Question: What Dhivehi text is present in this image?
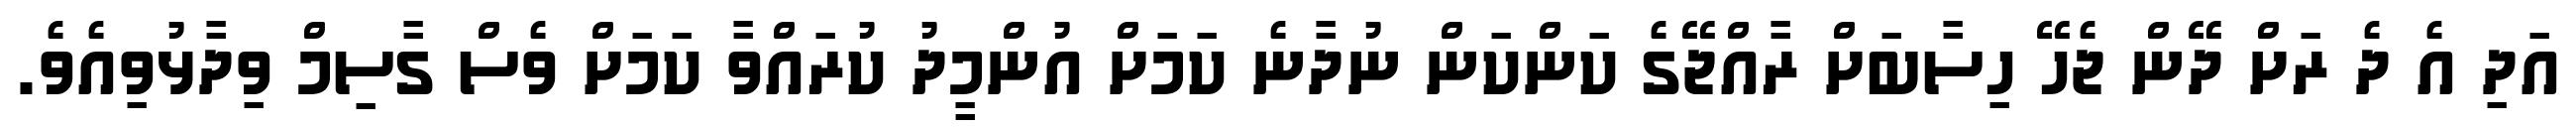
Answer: އަދި އެ ދެ ރަށް ދޭން ޖެހޭ ހިސާބަށް ރާއްޖޭގެ ކަންކަން ނުދާނެ ކަމަށް އުންމީދު ކުރައްވާ ކަމަށް ވެސް ގާސިމް ވިދާޅުވިއެވެ.